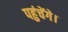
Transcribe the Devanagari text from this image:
पहुंचेंगे।